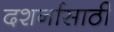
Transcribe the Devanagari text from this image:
दशर्नासाठी